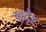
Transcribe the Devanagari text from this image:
खुदैड़